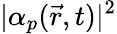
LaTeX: |\alpha_{p}(\vec{r},t)|^{2}